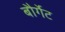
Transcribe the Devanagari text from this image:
बौर्गेट